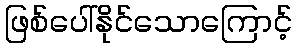
ဖြစ်ပေါ်နိုင်သောကြောင့်